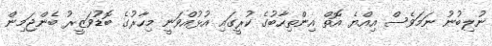
ނުލިބުނު ނަމަވެސް އިއްޔެ އޮތް އިންތިހާބުގެ ކުރީގައި އުޅުއްވަނީ މިހާރުގެ ބޮޑުވަޒީރު ބެންޖަމިން